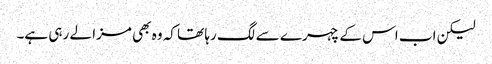
لیکن اب اس کے چہرے سے لگ رہا تھا کہ وہ بھی مزا لے رہی ہے۔